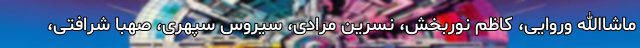
ماشاالله وروایی، کاظم نوربخش، نسرین مرادی، سیروس سپهری، صهبا شرافتی،